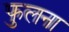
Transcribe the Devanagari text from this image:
फुलना